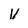
Character: V